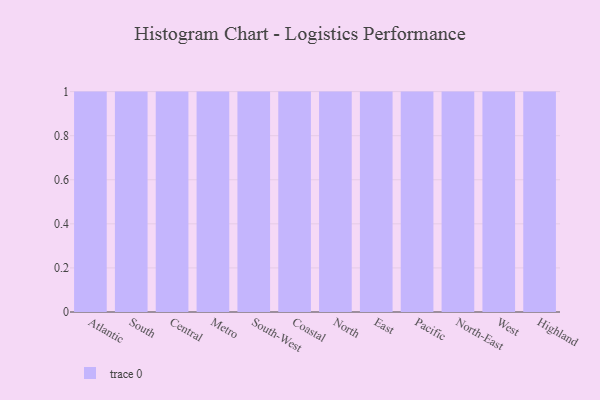
{"axis": {"x": "Region", "y": "Humidity (%)"}, "legend": [""], "data": [{"x": "Atlantic", "y": 69, "type": ""}, {"x": "South", "y": 58, "type": ""}, {"x": "Central", "y": 93, "type": ""}, {"x": "Metro", "y": 53, "type": ""}, {"x": "South-West", "y": 7, "type": ""}, {"x": "Coastal", "y": 25, "type": ""}, {"x": "North", "y": 84, "type": ""}, {"x": "East", "y": 97, "type": ""}, {"x": "Pacific", "y": 88, "type": ""}, {"x": "North-East", "y": 58, "type": ""}, {"x": "West", "y": 45, "type": ""}, {"x": "Highland", "y": 96, "type": ""}]}